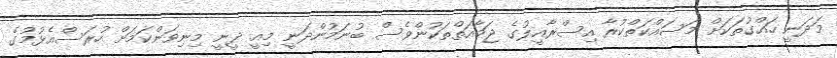
މަދަނީ ހައްގުތަކަށް މަސައްކަތްކުރާ އިސްރާއީލުގެ ޖަމާއަތްތަކުންވެސް ބުނަމުންދަނީ މިއީ ދީނީ މިނިވަންކަމަށް ހުރަސްއެޅުމުގެ